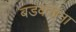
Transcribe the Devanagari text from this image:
बडवतांना